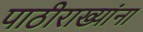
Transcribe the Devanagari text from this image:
पाठीराख्यांना